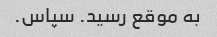
به موقع رسید. سپاس.